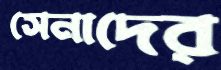
সেনাদের